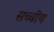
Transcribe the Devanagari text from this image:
सच्चीय